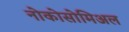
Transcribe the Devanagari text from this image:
नोकोसोमिअल